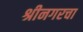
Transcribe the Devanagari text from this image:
श्रीनगरचा